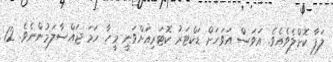
ލަފާ ކޮށްލެވެއެވެ. އަވަސް އަވަހަށް ޑަކްޓަރު ކޮޓަރިއަށްވަނީ މީހާ ހަމަ ޖައްސާލަމުންނެވެ. 12